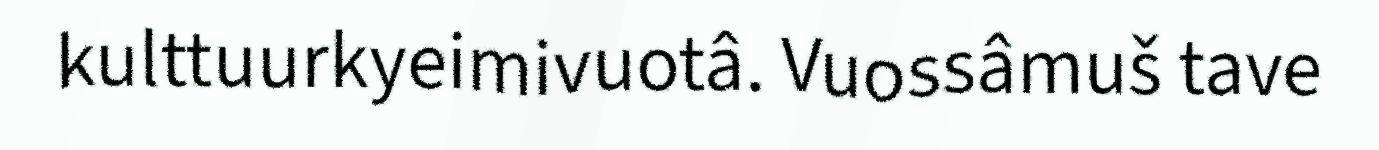
kulttuurkyeimivuotâ. Vuossâmuš tave